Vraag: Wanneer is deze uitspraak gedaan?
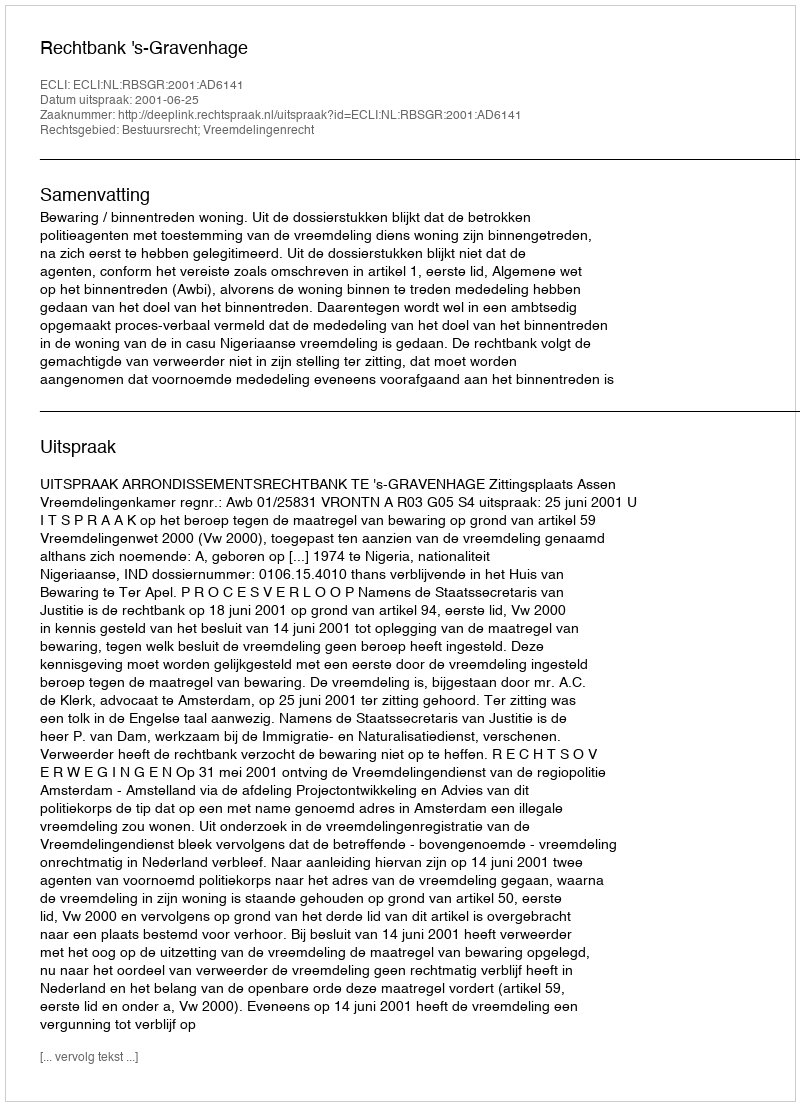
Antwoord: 2001-06-25